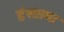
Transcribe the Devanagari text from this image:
हंसप्रभा